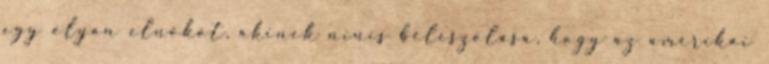
egy olyan elnököt, akinek nincs beleszólása, hogy az amerikai